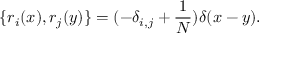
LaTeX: \{ r _ { i } ( x ) , r _ { j } ( y ) \} = ( - \delta _ { i , j } + \frac { 1 } { N } ) \delta ( x - y ) .